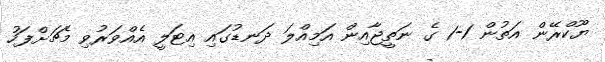
ޔޫކްރޭން އަތުން 1-1 ގެ ނަތީޖާއިން އަމިއްލަ ދަނޑުގައި އިޓަލީ އެއްވަރުވި މެޗަށްފަހު